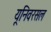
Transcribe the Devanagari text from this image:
यूनिवरसल